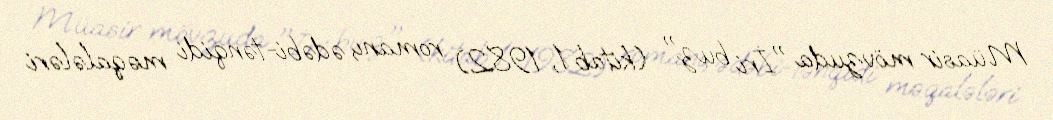
Müasir mövzuda "İri buz" (kitab 1, 1982) romanı, ədəbi-tənqidi məqalələri